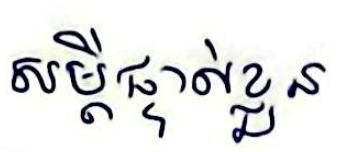
សម្ដីផ្ទាល់ខ្លួន